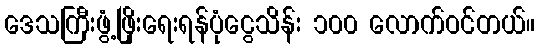
ဒေသကြီးဖွံ့ဖြိုးရေးရန်ပုံငွေသိန်း ၁၀၀ လောက်ဝင်တယ်။